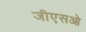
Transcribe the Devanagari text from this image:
जीएसओ